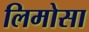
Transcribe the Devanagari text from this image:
लिमोसा